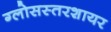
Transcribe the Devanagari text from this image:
ग्लोसस्तरशायर